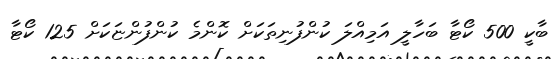
ބާކީ 500 ކޯޓާ ބަހާލީ އަމިއްލަ ކުންފުނިތަކަށް ކޮންމެ ކުންފުންޏަކަށް 125 ކޯޓާ